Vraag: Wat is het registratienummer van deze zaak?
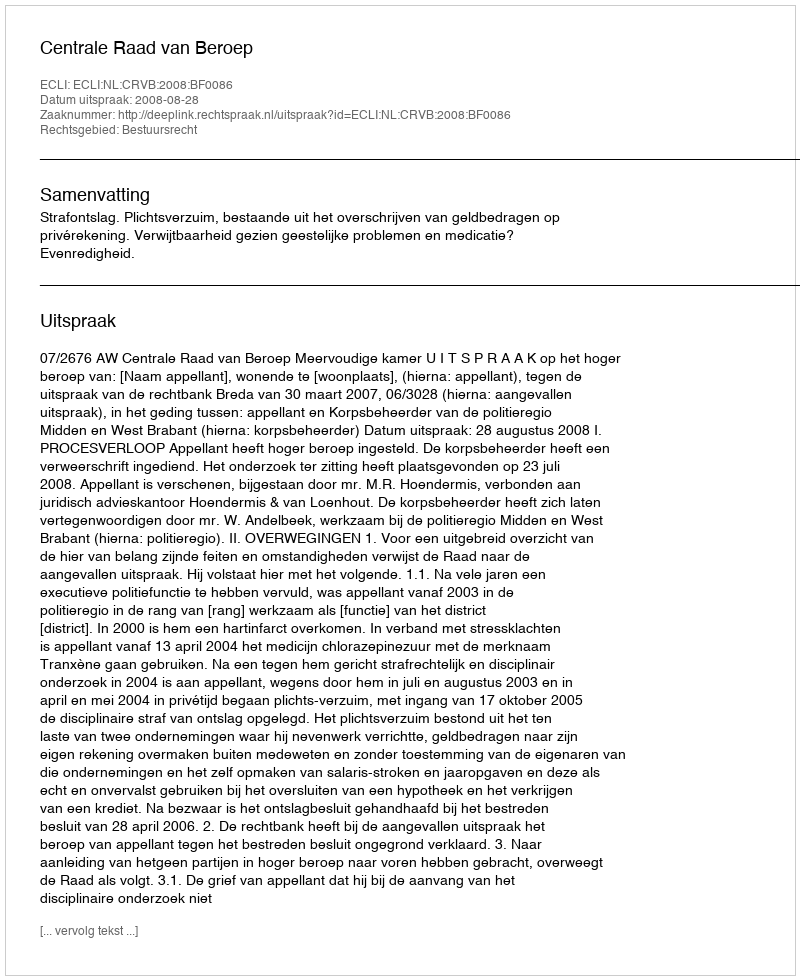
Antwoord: http://deeplink.rechtspraak.nl/uitspraak?id=ECLI:NL:CRVB:2008:BF0086